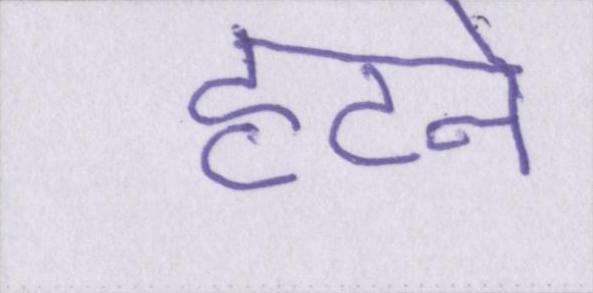
हटने